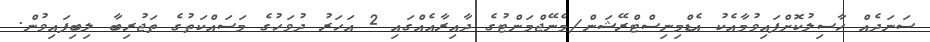
ސަނަދެއް ހާސިލުކޮށްފައިވުމާއެކު އެޑްމިނިސްޓްރޭޝަން/މެނޭޖްމަންޓުގެ ދާއިރާއެއްގައި 2 އަހަރު ދުވަހުގެ މަސައްކަތުގެ ތަޖުރިބާ ލިބިފައިވުން.